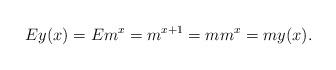
LaTeX: \begin{align*}Ey(x)=E m^x = m^{x+1}=m m^x =my(x).\end{align*}